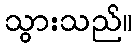
သွားသည်။